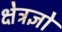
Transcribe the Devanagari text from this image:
क्षेत्रज्ञो